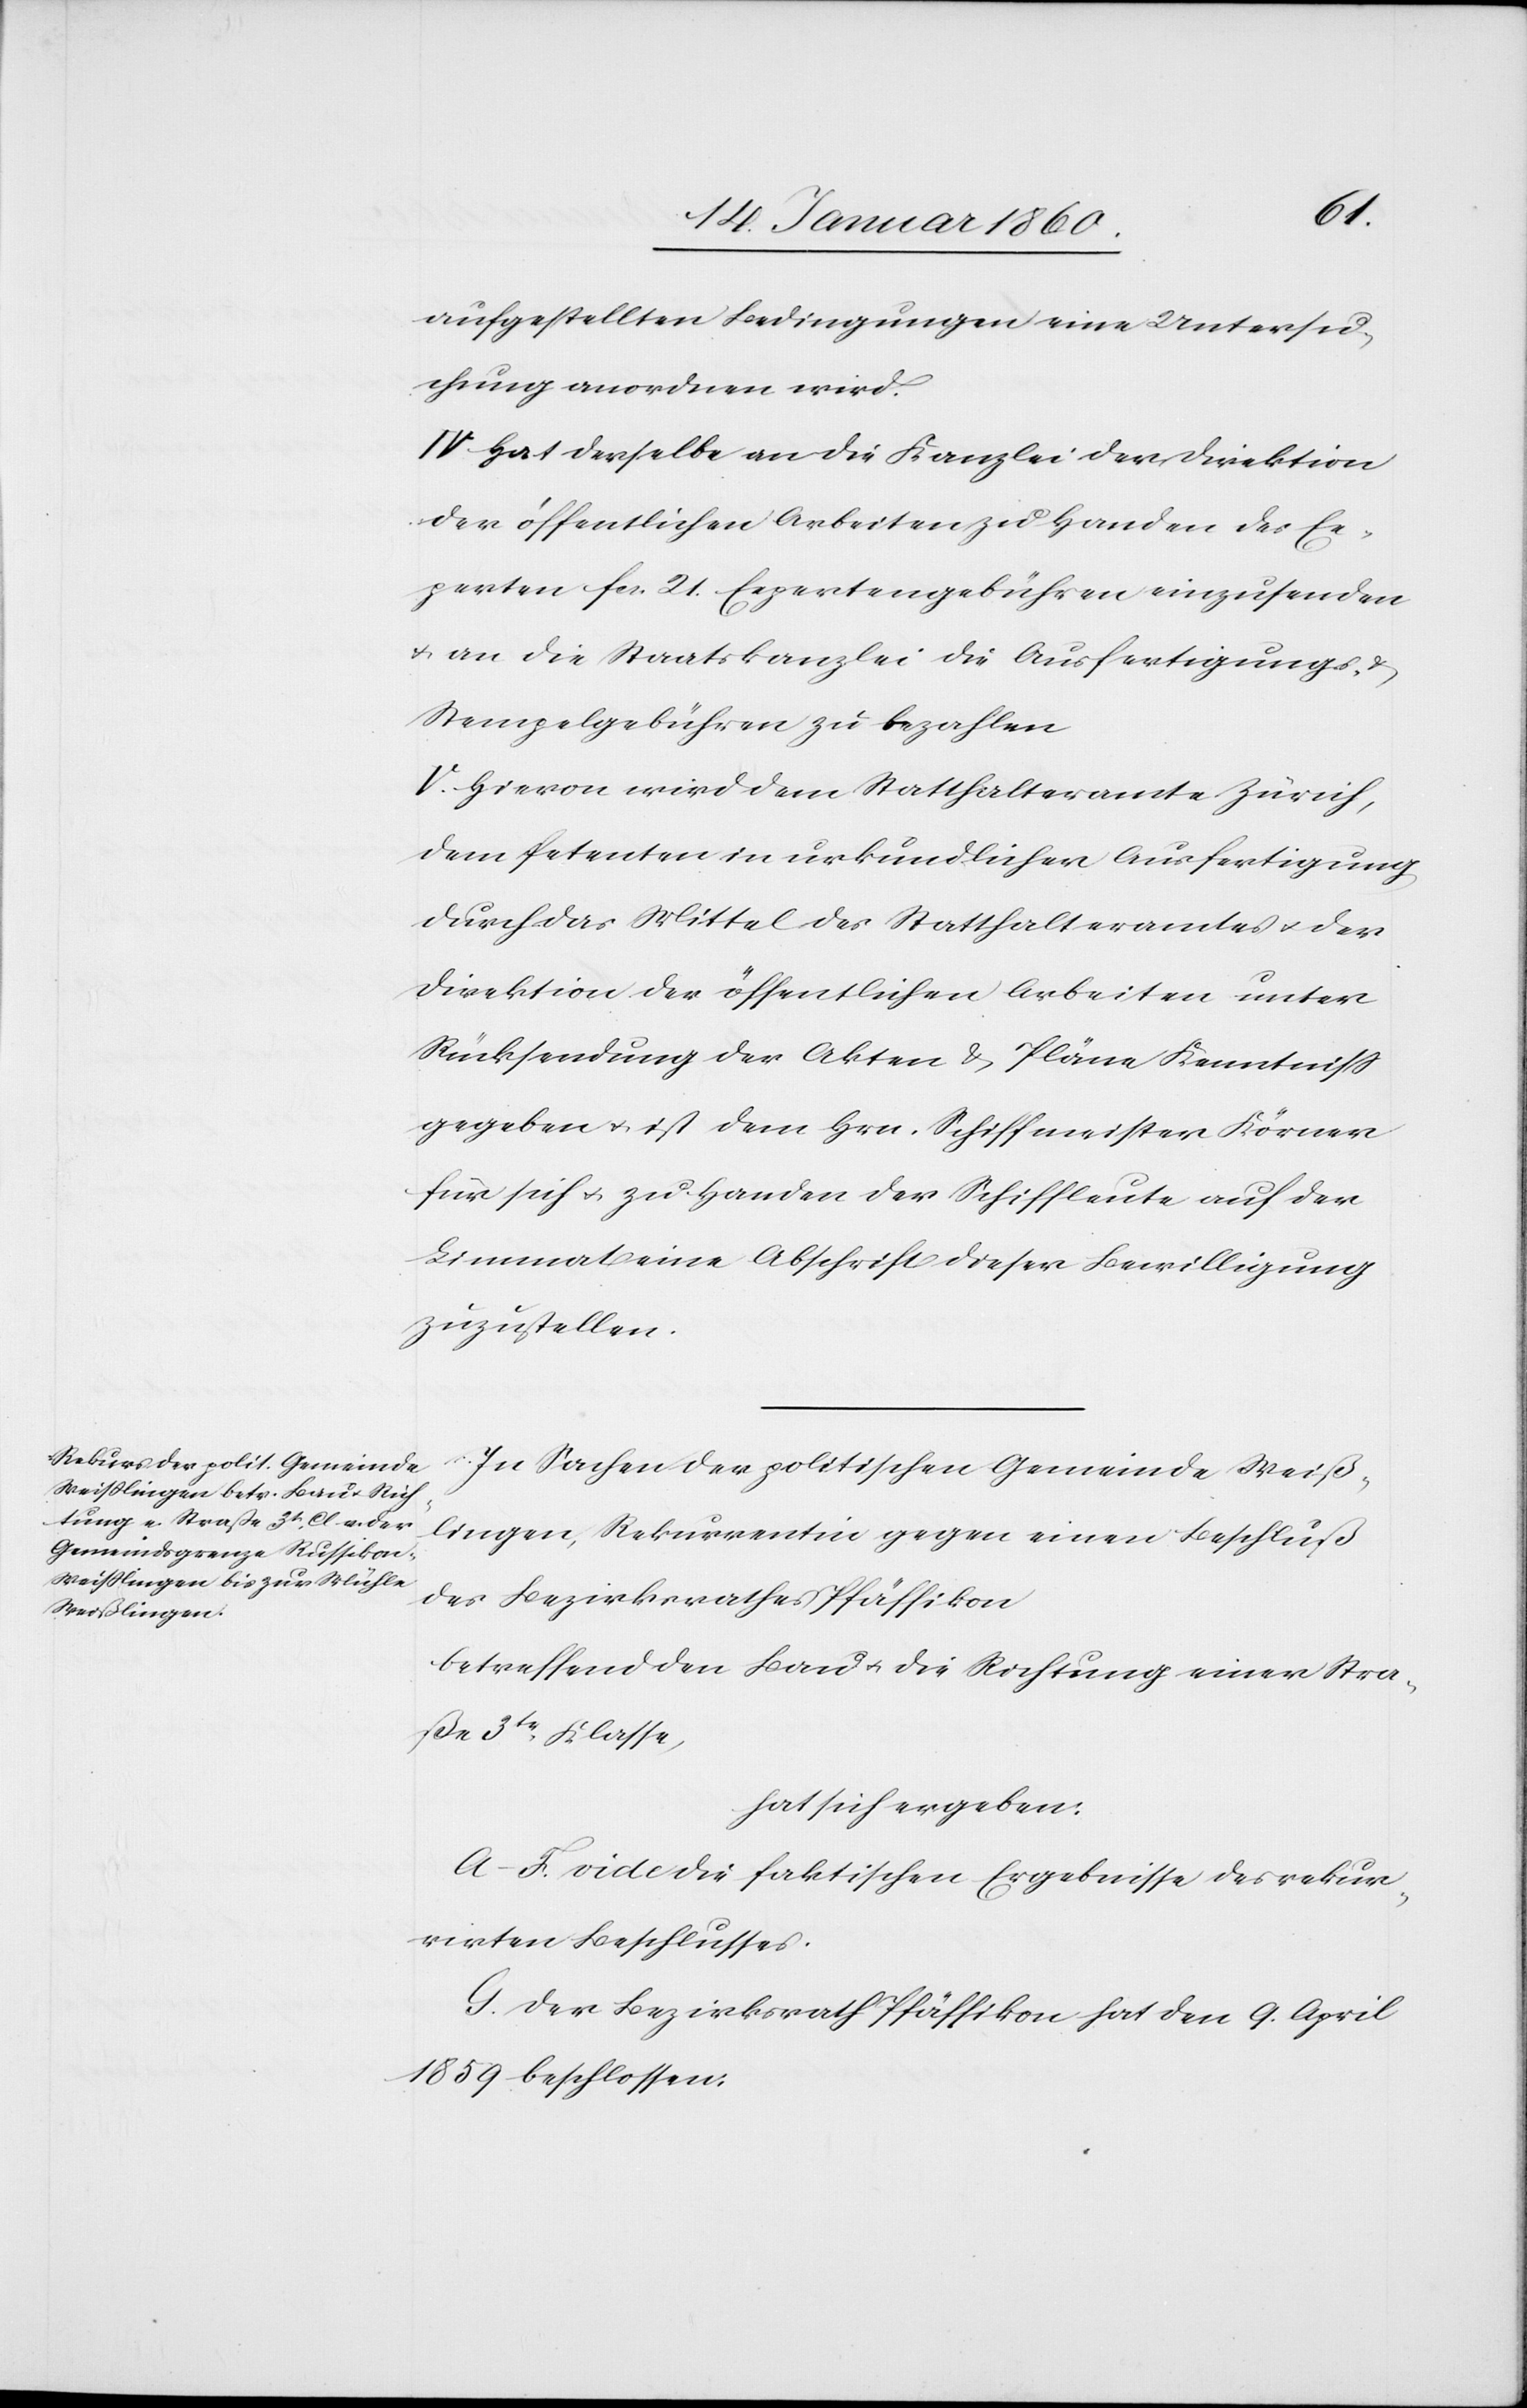
aufgestellten Bedingungen eine Untersu¬
chung anordnen wird.
IV. Hat derselbe an die Kanzlei der Direktion
der öffentlichen Arbeiten zu Handen der Ex¬
perten fcs. 21. Expertengebühren einzusenden
u. an die Staatskanzlei die Ausfertigungs- u.
Stempelgebühren zu bezahlen.
V. Hiervon wird dem Statthalteramte Zürich,
dem Petenten in urkundlicher Ausfertigung
durch das Mittel des Statthalteramtes u. der
Direktion der öffentlichen Arbeiten unter
Rücksendung der Akten u. Pläne Kenntniß
gegeben u. ist dem Hrn. Schiffmeister Körner
für sich u. zu Handen der Schiffleute auf der
Limmat eine Abschrift dieser Bewilligung
zuzustellen.
In Sachen der politischen Gemeinde Weiß¬
lingen, Rekurrentin gegen einen Beschluß
des Bezirksrathes Pfäffikon
betreffend den Bau u. die Richtung einer Stra¬
ße 3tr Klasse
hat sich ergeben:
A.–F. vide die faktischen Ergebnisse des rekur¬
rirten Beschlusses
G. Der Bezirksrath Pfäffikon hat den 9. April
1859. beschlossen: